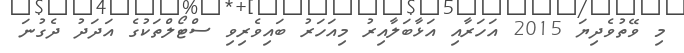
މި ވޭތުވެދިޔަ 2015 އަހަރާއި އަޅާބަލާއިރު މިއަހަރު ބައިވެރިވި ސްޓޯލްތަކުގެ އަދަދު ދެގުނަ